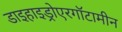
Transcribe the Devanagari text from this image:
डाइहाइड्रोएरगॉटामीन